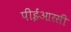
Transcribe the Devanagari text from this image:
पीईआरसी